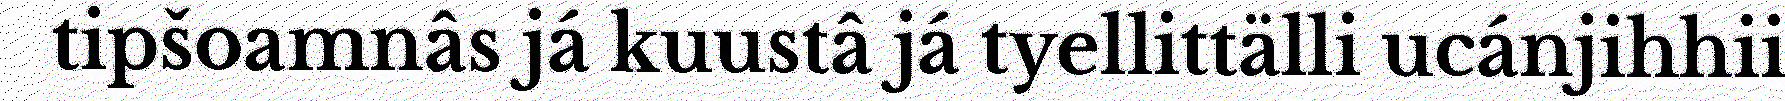
tipšoamnâs já kuustâ já tyellittälli ucánjihhii